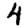
Digit: 4